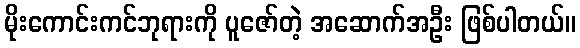
မိုးကောင်းကင်ဘုရားကို ပူဇော်တဲ့ အဆောက်အဦး ဖြစ်ပါတယ်။